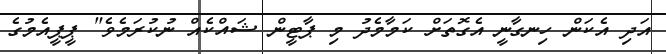
އަދި އެކަން ހިނގާނީ އެގޮތަށް ކަމާމެދު މި ޕާޓީން ޝައްކެއް ނުކުރަމެވެ" ޕީޕީއެމުގެ